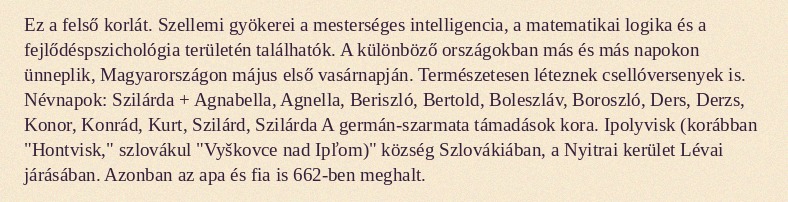
Ez a felső korlát. Szellemi gyökerei a mesterséges intelligencia, a matematikai logika és a fejlődéspszichológia területén találhatók. A különböző országokban más és más napokon ünneplik, Magyarországon május első vasárnapján. Természetesen léteznek csellóversenyek is. Névnapok: Szilárda + Agnabella, Agnella, Beriszló, Bertold, Boleszláv, Boroszló, Ders, Derzs, Konor, Konrád, Kurt, Szilárd, Szilárda A germán-szarmata támadások kora. Ipolyvisk (korábban "Hontvisk," szlovákul "Vyškovce nad Ipľom)" község Szlovákiában, a Nyitrai kerület Lévai járásában. Azonban az apa és fia is 662-ben meghalt.